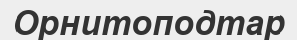
Орнитоподтар